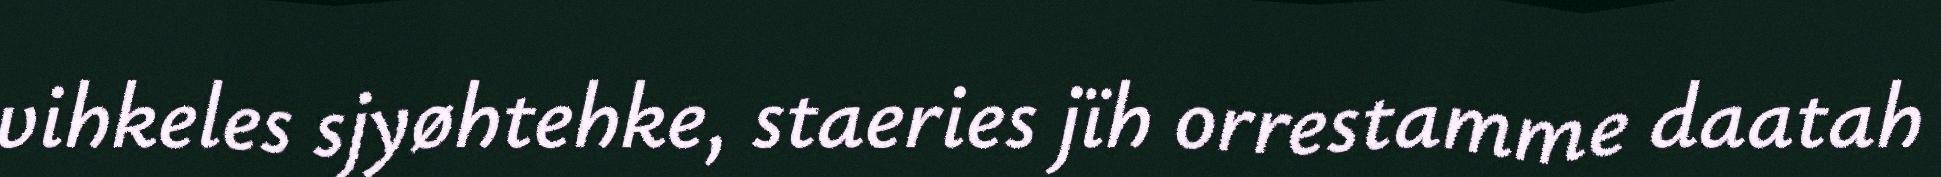
vihkeles sjyøhtehke, staeries jïh orrestamme daatah